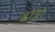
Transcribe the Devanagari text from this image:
श्रोत्रो